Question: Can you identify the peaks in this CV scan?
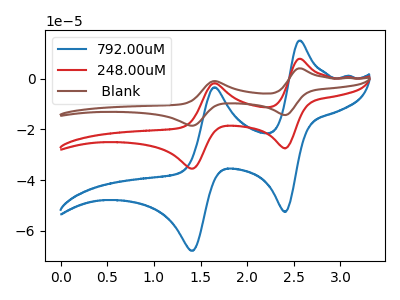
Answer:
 <answer>The blue curve "792.00uM" has anodic peaks at (2.55V, 15.00uA) (1.65V, -3.40uA) and cathodic peaks at (2.40V, -52.55uA) (1.40V, -67.90uA). The red curve "248.00uM" has anodic peaks at (2.55V, 7.85uA) (1.65V, -1.75uA) and cathodic peaks at (2.40V, -27.50uA) (1.40V, -35.50uA). The brown curve " Blank" has anodic peaks at (2.55V, 15.70uA) (1.65V, -3.55uA) and cathodic peaks at (2.40V, -54.95uA) (1.40V, -71.00uA).</answer>
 <eval></eval>